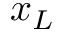
x _ { L }